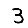
Digit: 3